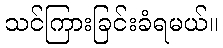
သင်ကြားခြင်းခံရမယ်။